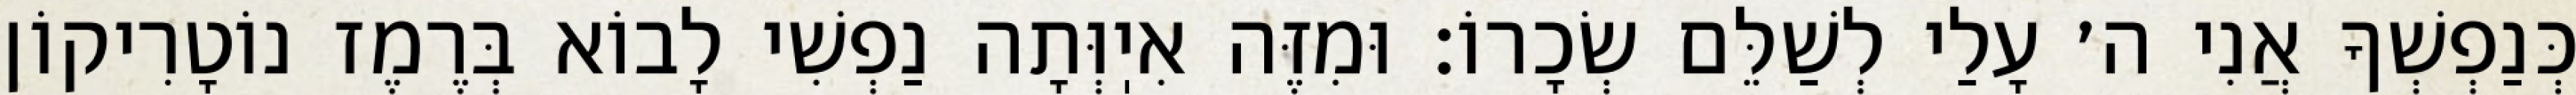
כְּנַפְשְׁךָ אֲנִי ה׳ עָלַי לְשַׁלֵּם שְׂכָרוֹ: וּמִזֶּה אִיֽוְּתָה נַפְשִׁי לָבוֹא בְּרֶמֶז נוֹטָרִיקוֹן